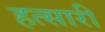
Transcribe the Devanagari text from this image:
हत्सारी